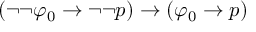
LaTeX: ( \neg \neg \varphi _ { 0 } \to \neg \neg p ) \to ( \varphi _ { 0 } \to p )